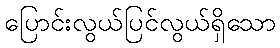
ပြောင်းလွယ်ပြင်လွယ်ရှိသော